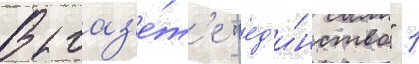
В газ'е́т'е "ед'и́нство" 1